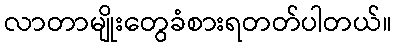
လာတာမျိုးတွေခံစားရတတ်ပါတယ်။